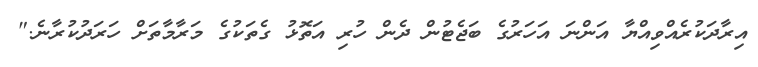
އިރާދަކުރެއްވިއްޔާ އަންނަ އަހަރުގެ ބަޖެޓުން ދެން ހުރި އަތޮޅު ގެތަކުގެ މަރާމާތަށް ހަރަދުކުރާނެ."